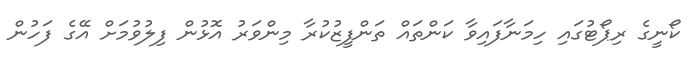
ކޯނީގެ ރިޕޯޓުގައި ހިމަނާފައިވާ ކަންތައް ތަންފީޒުކުރާ މިންވަރު އޮޅުން ފިލުވުމަށް އޭގެ ފަހުން